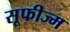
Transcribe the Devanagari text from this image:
सूफीज्म